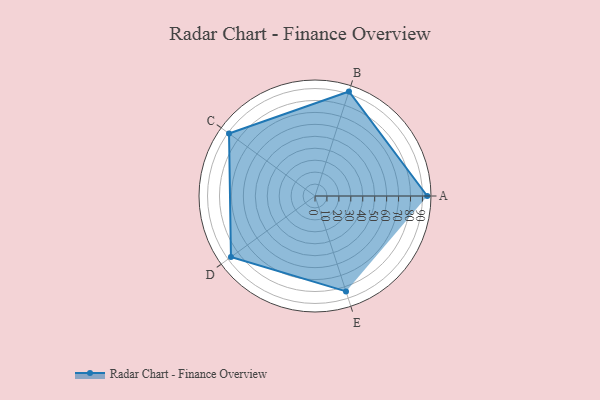
{"axis": {"x": "Skill", "y": "Score"}, "legend": ["Profile"], "data": [{"x": "A", "y": 94.0, "type": "Profile"}, {"x": "B", "y": 92.0, "type": "Profile"}, {"x": "C", "y": 89.0, "type": "Profile"}, {"x": "D", "y": 87.0, "type": "Profile"}, {"x": "E", "y": 84.0, "type": "Profile"}]}